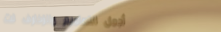
أجمل التصاميم والزخارف لت